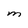
Character: M